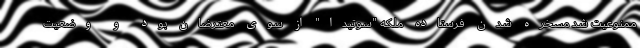
ممنوعیت شد مسخره شدن فرستاده ملکه "سوتیدا" از سوی معترضان بود و وضعیت